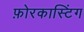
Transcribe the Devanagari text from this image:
फ़ोरकास्टिंग